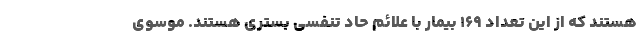
هستند که از این تعداد ۱۶۹ بیمار با علائم حاد تنفسی بستری هستند. موسوی